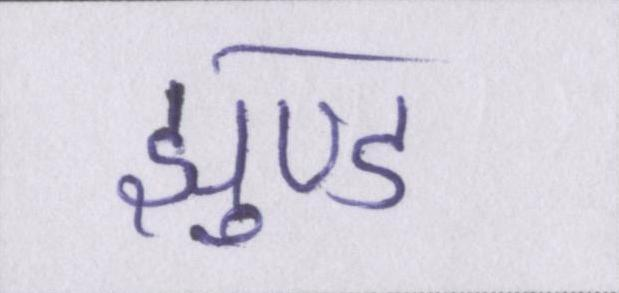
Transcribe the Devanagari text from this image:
झुण्ड